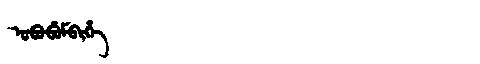
Manchu: ᠣᠪᠣᠪᡠᠮᠪᡳᡥᡝ
Romanization: OBOBUMBIHE